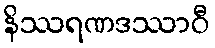
နိဿရဏဒဿာဝီ